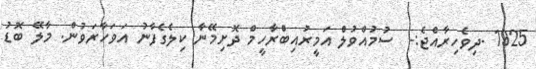
1925 -ދިވެހިރާއްޖެ:-  ސުމުއްވުލް އަމީރުއިބްރާހީމް ދޮށިމޭނާ ކިލެގެފާނު އަވަހާރަވުން. މާލޭ ބޮޑު